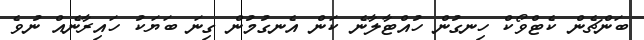
ބަންޗެން ކެޓްވޯކް ހިނގުން ހުއްޓާލާނެ ކަން އެނގުމުން ގިނަ ބަޔަކު ހައިރާނެއް ނުވެ